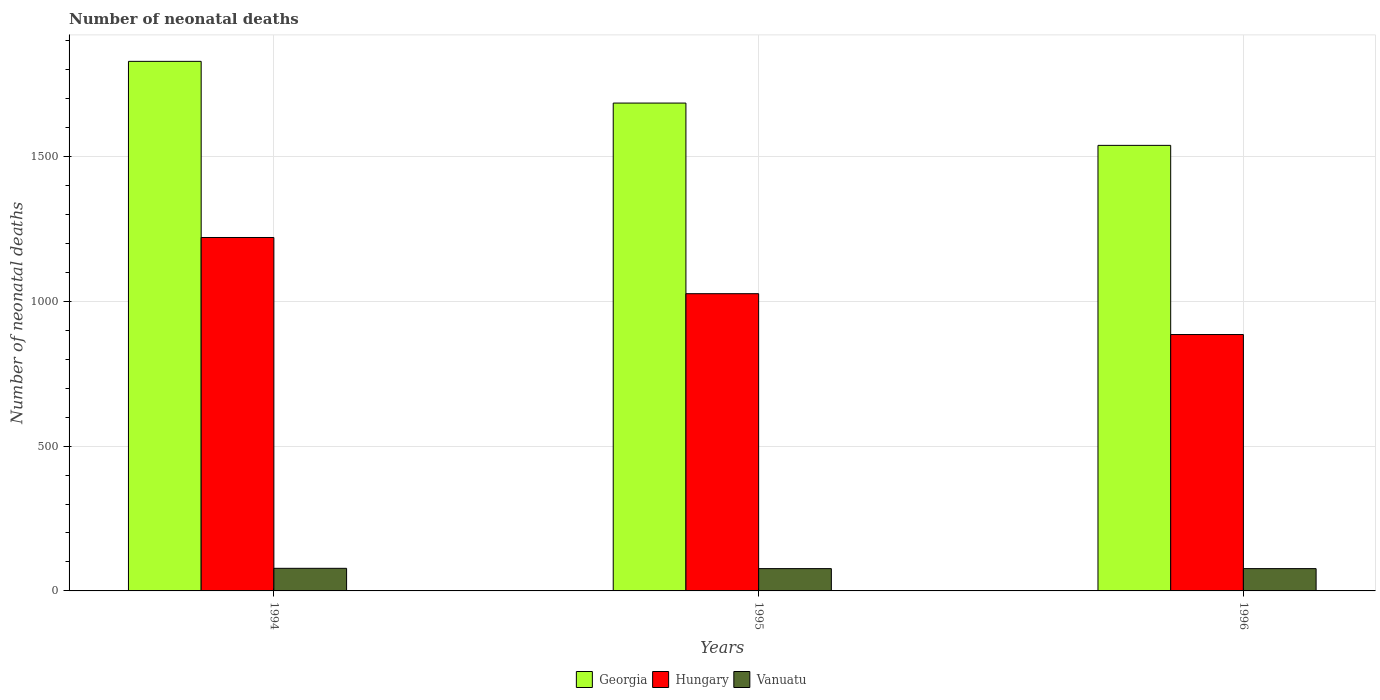
| Years | Georgia | Hungary | Vanuatu |
 | --- | --- | --- | --- |
 | 1994 | 1.83e+03 | 1.22e+03 | 78 |
 | 1995 | 1.68e+03 | 1.03e+03 | 77 |
 | 1996 | 1.54e+03 | 885 | 77 |